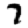
Digit: 7